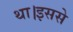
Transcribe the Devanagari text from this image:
था।इससे